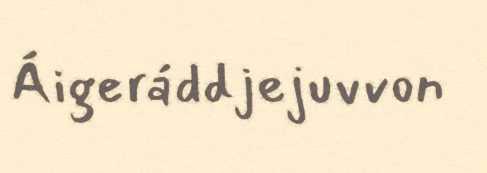
Áigeráddjejuvvon